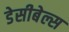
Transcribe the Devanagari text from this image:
डेसीबेल्स